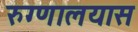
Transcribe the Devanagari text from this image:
रुग्णालयास